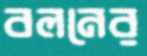
বলনের